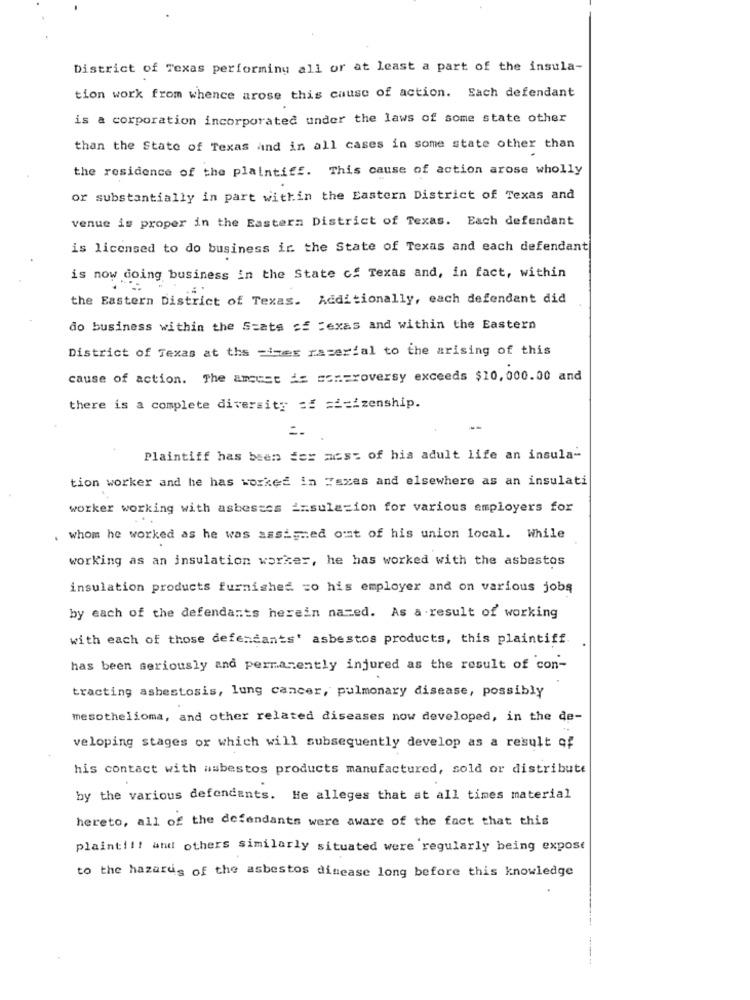
District of Texas performing all or at least a part of the insula-
tion work from whence arose this cause of action. Each defendant
is a corporation incorporated under the laws of some state other
than the State of Texas and in all cases in some state other than
the residence of the plaintiff. This cause of action arose wholly
or substantially in part within the Eastern District of Texas and
venue is proper in the Eastern District of Texas. Each defendant
is licensed to do business ir. the State of Texas and each defendant
is now doing business in the State of Texas and, in fact, within
the Eastern District of Texas. Additionally, each defendant did
do business within the Seats of texas and within the Eastern
District of Texas at the =ines raserial to the arising of this
cause of action. The amcust ds controversy exceeds $10, 000.00 and
there is a complete diversity == === izenship.
Plaintiff has been fer acs- of his adult life an insula-
tion worker and he has worked in Iszes and elsewhere as an insulati
worker working with asbestes insulazion for various employers for
..
whom he worked as he was assigned ont of his union local. While
working as an insulation worker, he has worked with the asbestos
insulation products furnished co his employer and on various jobs
by each of the defendants herein named. As a result of working
with each of those defendants' asbestos products, this plaintiff.
has been seriously and permanently injured as the result of con-
tracting asbestosis, lung cancer, pulmonary disease, possibly
mesothelioma, and other related diseases now developed, in the de-
veloping stages or which will subsequently develop as a result of
his contact with asbestos products manufactured, sold or distribute
by the various defendants. He alleges that at all times material
hereto, all of the defendants were aware of the fact that this
plaint !!! and others similarly situated were regularly being expose
to the hazards of the asbestos disease long before this knowledge